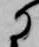
に